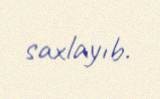
saxlayıb.